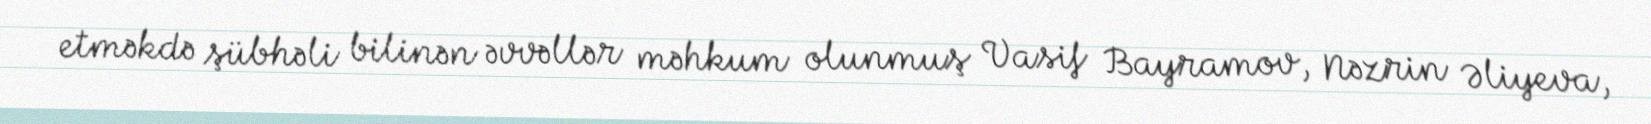
etməkdə şübhəli bilinən əvvəllər məhkum olunmuş Vasif Bayramov, Nəzrin Əliyeva,